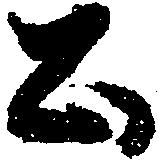
公